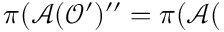
\pi ( \mathcal { A } ( \mathcal { O } ^ { \prime } ) ^ { \prime \prime } = \pi ( \mathcal { A } (